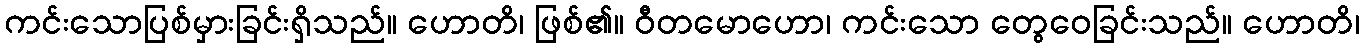
ကင်းသောပြစ်မှားခြင်းရှိသည်။ ဟောတိ၊ ဖြစ်၏။ ဝီတမောဟော၊ ကင်းသော တွေဝေခြင်းသည်။ ဟောတိ၊